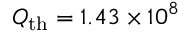
Q _ { \mathrm { t h } } = 1 . 4 3 \times 1 0 ^ { 8 }